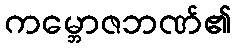
ကမ္ဘောဇဘဏ်၏